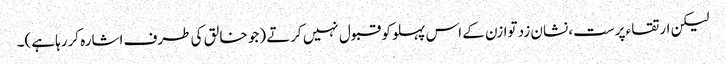
لیکن ارتقاء پرست، نشان زد توازن کے اس پہلو کو قبول نہیں کرتے (جو خالق کی طرف اشارہ کررہا ہے)۔